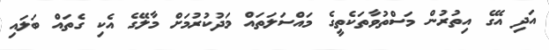
އަދި އޭގެ އިތުރުން މަސްތުވާތަކެތީގެ މައްސަލަތައް މަދުކުރުމަށް މާލޭގެ އެކި ގެތައް ބަލައި